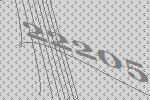
22205